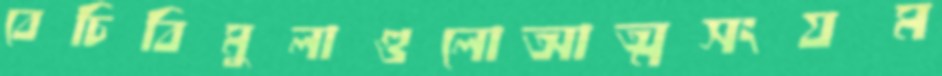
বেচিবিমুলাগুলোআত্মসংযম